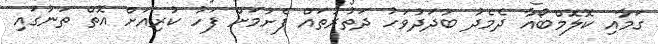
ގަމާއި ކޮލޮމްބޯއާ ދެމެދު ބުދަދުވަހު ދަތުރުތައް ފެށުމަށް ފަހު ކުރިއަށް އޮތް ތަނުގައި